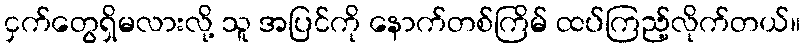
ငှက်တွေရှိမလားလို့ သူ အပြင်ကို နောက်တစ်ကြိမ် ထပ်ကြည့်လိုက်တယ်။